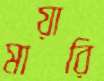
মায়ারি